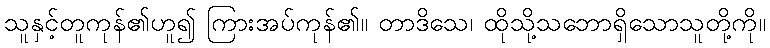
သူနှင့်တူကုန်၏ဟူ၍ ကြားအပ်ကုန်၏။ တာဒိသေ၊ ထိုသို့သဘောရှိသောသူတို့ကို။